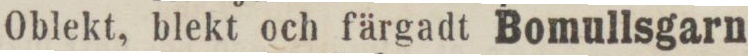
Oblekt, blekt och färgadt Bomullsgarn